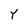
Character: Y